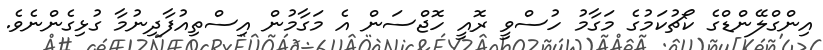
އިންގްލޭންޑްގެ ކޯޗުކަމުގެ މަގާމު ހުސްވީ ރޮއީ ހޮޖްސަން އެ މަގާމުން އިސްތިއުފާދިނުމާ ގުޅިގެންނެވެ.